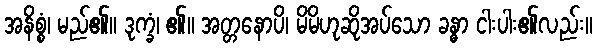
အနိစ္စံ၊ မည်၏။ ဒုက္ခံ၊ ၏။ အတ္တနောပိ၊ မိမိဟုဆိုအပ်သော ခန္ဓာ ငါးပါး၏လည်း။